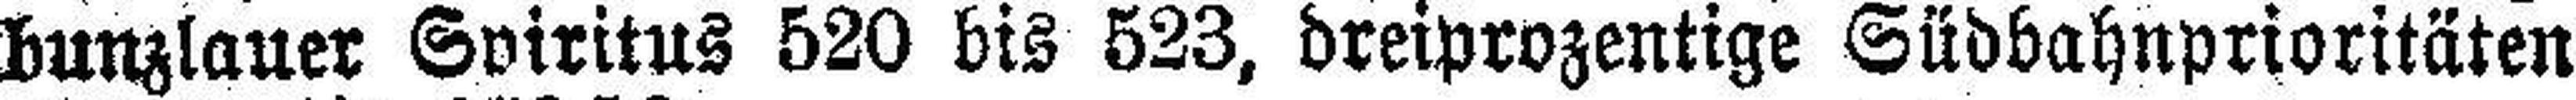
bunzlauer Spiritus 520 bis 523, dreiprozentige Südbahnprioritäten